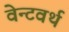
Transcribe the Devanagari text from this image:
वेन्टवर्थ